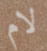
لام